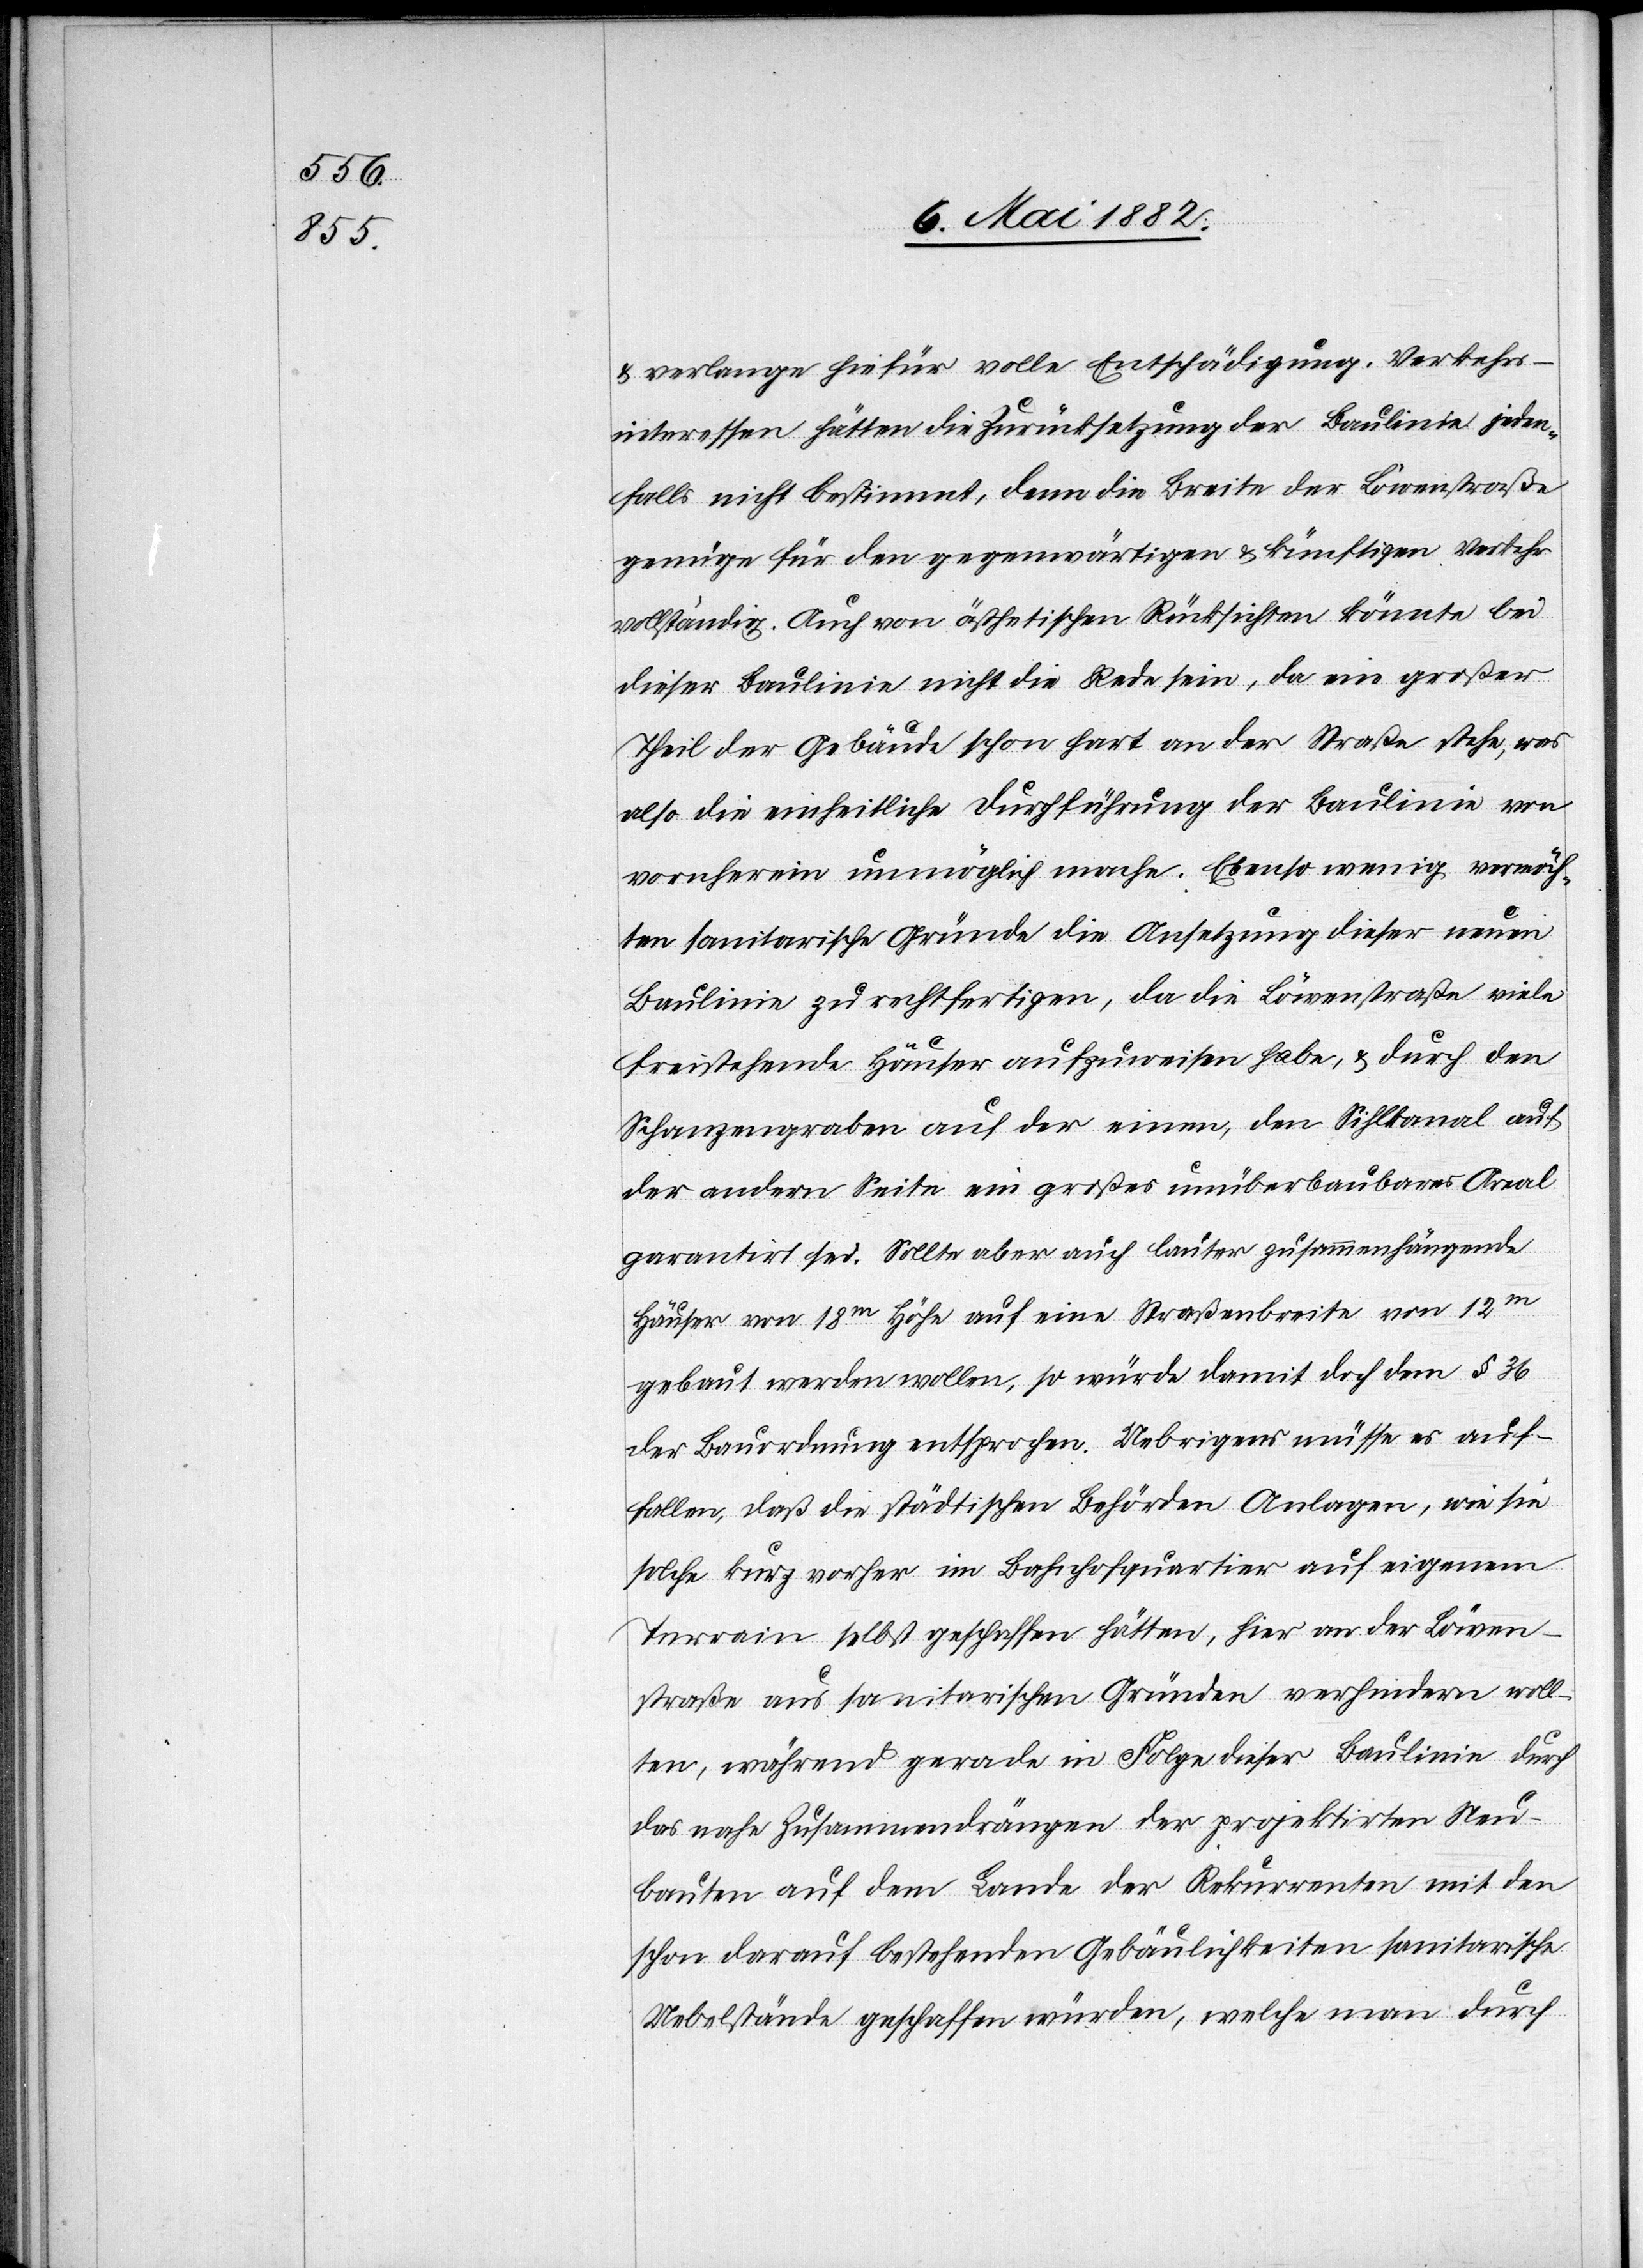
& verlange hiefür volle Entschädigung. Verkehrs¬
interessen hätten die Zurücksetzung der Baulinie jeden¬
falls nicht bestimmt, denn die Breite der Löwenstraße
genüge für den gegenwärtigen & künftigen Verkehr
vollständig. Auch von ästhetischen Rücksichten könnte bei
dieser Baulinie nicht die Rede sein, da ein großer
Theil der Gebäude schon hart an der Straße stehe, was
also die einheitliche Durchführung der Baulinie von
vornherein unmöglich mache. Ebenso wenig vermöch¬
ten sanitarische Gründe die Ansetzung dieser neuen
Baulinie zu rechtfertigen, da die Löwenstraße viele
freistehende Häuser aufzuweisen habe, & durch den
Schanzengraben auf der einen, den Sihlkanal auf
der andern Seite ein großes unüberbautes Areal
garantirt sei. Sollte[n] aber auch lauter zusammenhängende
Häuser von 18m Höhe auf eine Straßenbreite von 12m
gebauten werden wollen, so würde damit doch dem § 36
der Bauordnung entsprochen. Uebrigens müsse es auf¬
fallen, daß die städtischen Behörden Anlagen, wie sie
solche kurz vorher im Bahnhofsquartier auf eigenem
Terrain selbst geschaffen hätten, hier an der Löwen¬
straße aus sanitarischen Gründen verhindern woll¬
ten, während gerade in Folge dieser Baulinien durch
das nahe Zusammendrängen der projektirten Neu¬
bauten auf dem Lande der Rekurrenten mit den
schon darauf bestehenden Gebäulichkeiten sanitarische
Uebelstände geschaffen würden, welche man durch